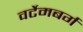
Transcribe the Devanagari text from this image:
वर्टेमबर्ग